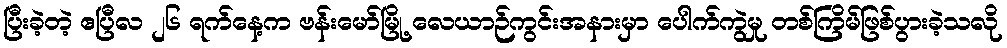
ပြီးခဲ့တဲ့ ဧပြီလ ၂၆ ရက်နေ့က ဗန်းမော်မြို့ လေယာဉ်ကွင်းအနားမှာ ပေါက်ကွဲမှု တစ်ကြိမ်ဖြစ်ပွားခဲ့သလို